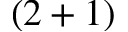
( 2 + 1 )